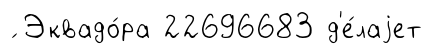
́ Эквадо́ра 22696683 д'е́лаjет